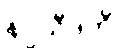
နပ္ပသီဒတိ